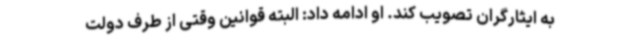
به ایثارگران تصویب کند. او ادامه داد: البته قوانین وقتی از طرف دولت